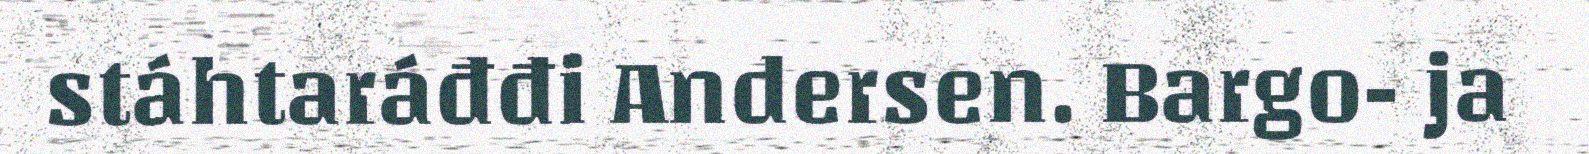
stáhtaráđđi Andersen. Bargo- ja